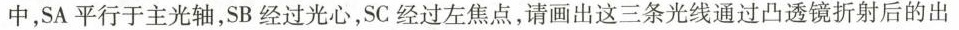
中，SA平行于主光轴，SB经过光心，SC经过左焦点，请画出这三条光线通过凸透镜折射后的出